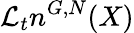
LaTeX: \mathcal{L}_{t}n^{G,N}(X)